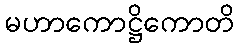
မဟာကောဋ္ဌိကောတိ